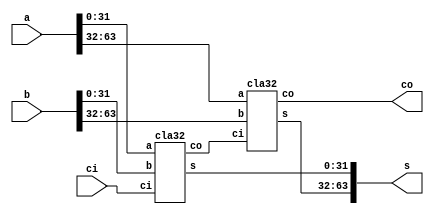
module CLA(a,b,ci,s,co);
	input [63:0] a, b;
	input ci;
	output [63:0] s;
	output co;
	
	wire c1;
	
	cla32 U0_f(a[31:0], b[31:0], ci, s[31:0], c1);
	cla32 U1_b(a[63:32], b[63:32], c1, s[63:32], co);
	
endmodule

module cla32(a,b,ci,s,co);
	input [31:0] a,b;
	input ci;
	output [31:0] s;
	output co;
	
	wire c1, c2, c3, c4, c5, c6, c7;
	
	cla4 U0_cla4(.a(a[3:0]), .b(b[3:0]), .ci(ci), .s(s[3:0]), .co(c1));
	cla4 U1_cla4(.a(a[7:4]), .b(b[7:4]), .ci(c1), .s(s[7:4]), .co(c2));
	cla4 U2_cla4(.a(a[11:8]), .b(b[11:8]), .ci(c2), .s(s[11:8]), .co(c3));
	cla4 U3_cla4(.a(a[15:12]), .b(b[15:12]), .ci(c3), .s(s[15:12]), .co(c4));
	cla4 U4_cla4(.a(a[19:16]), .b(b[19:16]), .ci(c4), .s(s[19:16]), .co(c5));
	cla4 U5_cla4(.a(a[23:20]), .b(b[23:20]), .ci(c5), .s(s[23:20]), .co(c6));
	cla4 U6_cla4(.a(a[27:24]), .b(b[27:24]), .ci(c6), .s(s[27:24]), .co(c7));
	cla4 U7_cla4(.a(a[31:28]), .b(b[31:28]), .ci(c7), .s(s[31:28]), .co(co));
	
endmodule

module cla4(a,b,ci,s,co);
	input [3:0] a,b;
	input ci;
	output [3:0] s;
	output co;
	
	//assign wire for connect clb - fa_v2
	wire c1, c2, c3;
	
	//instance carry look block
	clb4 U0_clb4(.a(a), .b(b), .ci(ci), .c1(c1), .c2(c2), .c3(c3), .co(co));
		
	//instance four full adder without carry out
	fa_v2 U1_fa_v2(.a(a[0]), .b(b[0]), .ci(ci), .s(s[0]));
	fa_v2 U2_fa_v2(.a(a[1]), .b(b[1]), .ci(c1), .s(s[1]));
	fa_v2 U3_fa_v2(.a(a[2]), .b(b[2]), .ci(c2), .s(s[2]));
	fa_v2 U4_fa_v2(.a(a[3]), .b(b[3]), .ci(c3), .s(s[3]));
endmodule


module fa_v2(a,b,ci,s);
	input a,b,ci;
	output s;
	wire w0;
	assign w0 = a ^ b;
	assign s = ci ^ w0;
endmodule


module clb4(a,b,ci,c1,c2,c3,co);
	input [3:0] a,b;
	input ci;
	output c1,c2,c3,co;
	
	wire [3:0] g,p;
	
	assign g = a & b;
	assign p = a | b;
	
	assign c1 = g[0] | (p[0] & ci);
	assign c2 = g[1] | (p[1] & c1);
	assign c3 = g[2] | (p[2] & c2);
	assign co = g[3] | (p[3] & c3);
endmodule